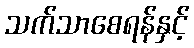
သက်သာစေရန်နှင့်